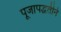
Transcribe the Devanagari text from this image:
पूजापद्धतीने